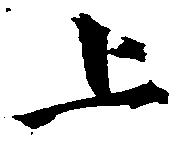
上